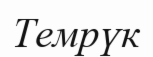
Темрүк